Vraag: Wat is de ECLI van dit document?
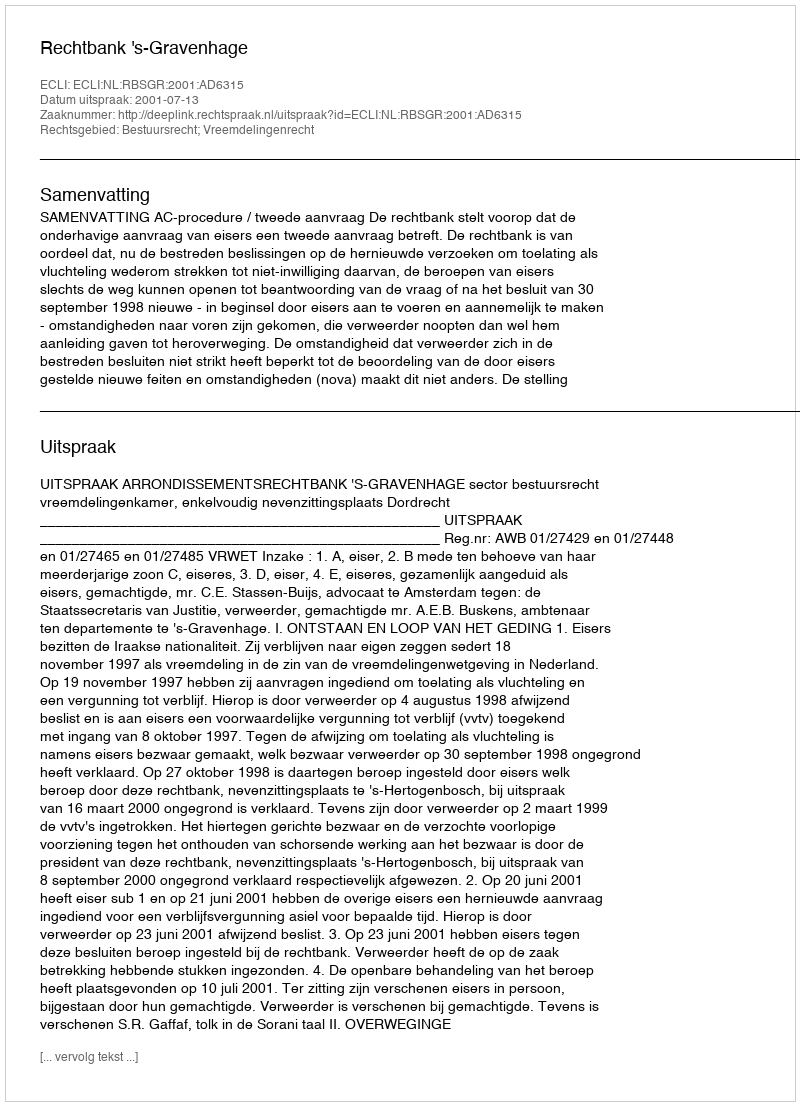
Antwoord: ECLI:NL:RBSGR:2001:AD6315